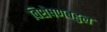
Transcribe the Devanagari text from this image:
विशेषणबहुल